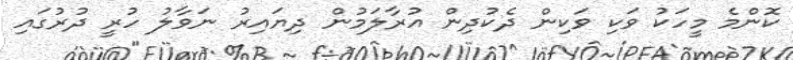
ކޮންމެ މީހަކު ވަކި ވަކިން ދެކުދިން އުރާލަމުން ދިޔައިރު ނަވާލު ހުރީ ދުރުގައި